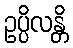
ဥပ္ပိလန္တိ